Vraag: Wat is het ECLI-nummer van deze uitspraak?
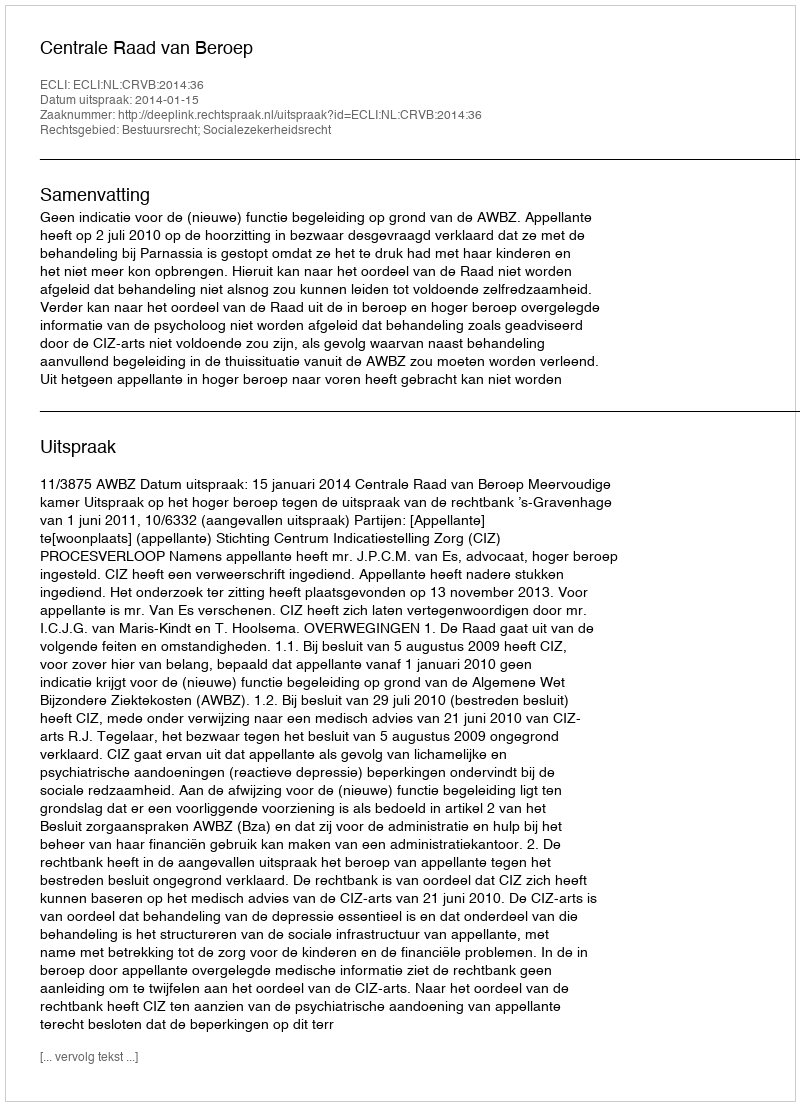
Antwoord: ECLI:NL:CRVB:2014:36